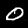
Digit: 0